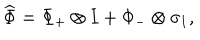
\widehat { \Phi } = \Phi _ { + } \otimes I + \Phi _ { - } \otimes \sigma _ { 1 } ,